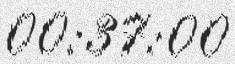
00:37:00